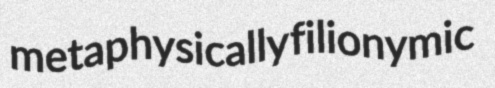
metaphysically filionymic